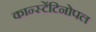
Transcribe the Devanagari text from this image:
कान्स्टेंटिनोपल